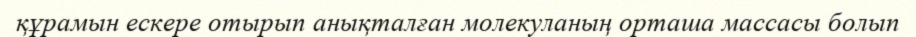
құрамын ескере отырып анықталған молекуланың орташа массасы болып